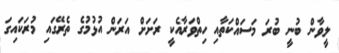
ލީވާން ބުނީ ބުރަ މަސައްކަތާއި ހިތްވަރާއެކީ ރަށަށް އަރަން އުޅުމުގެ ތެރޭގައި މުރަކައިގަ